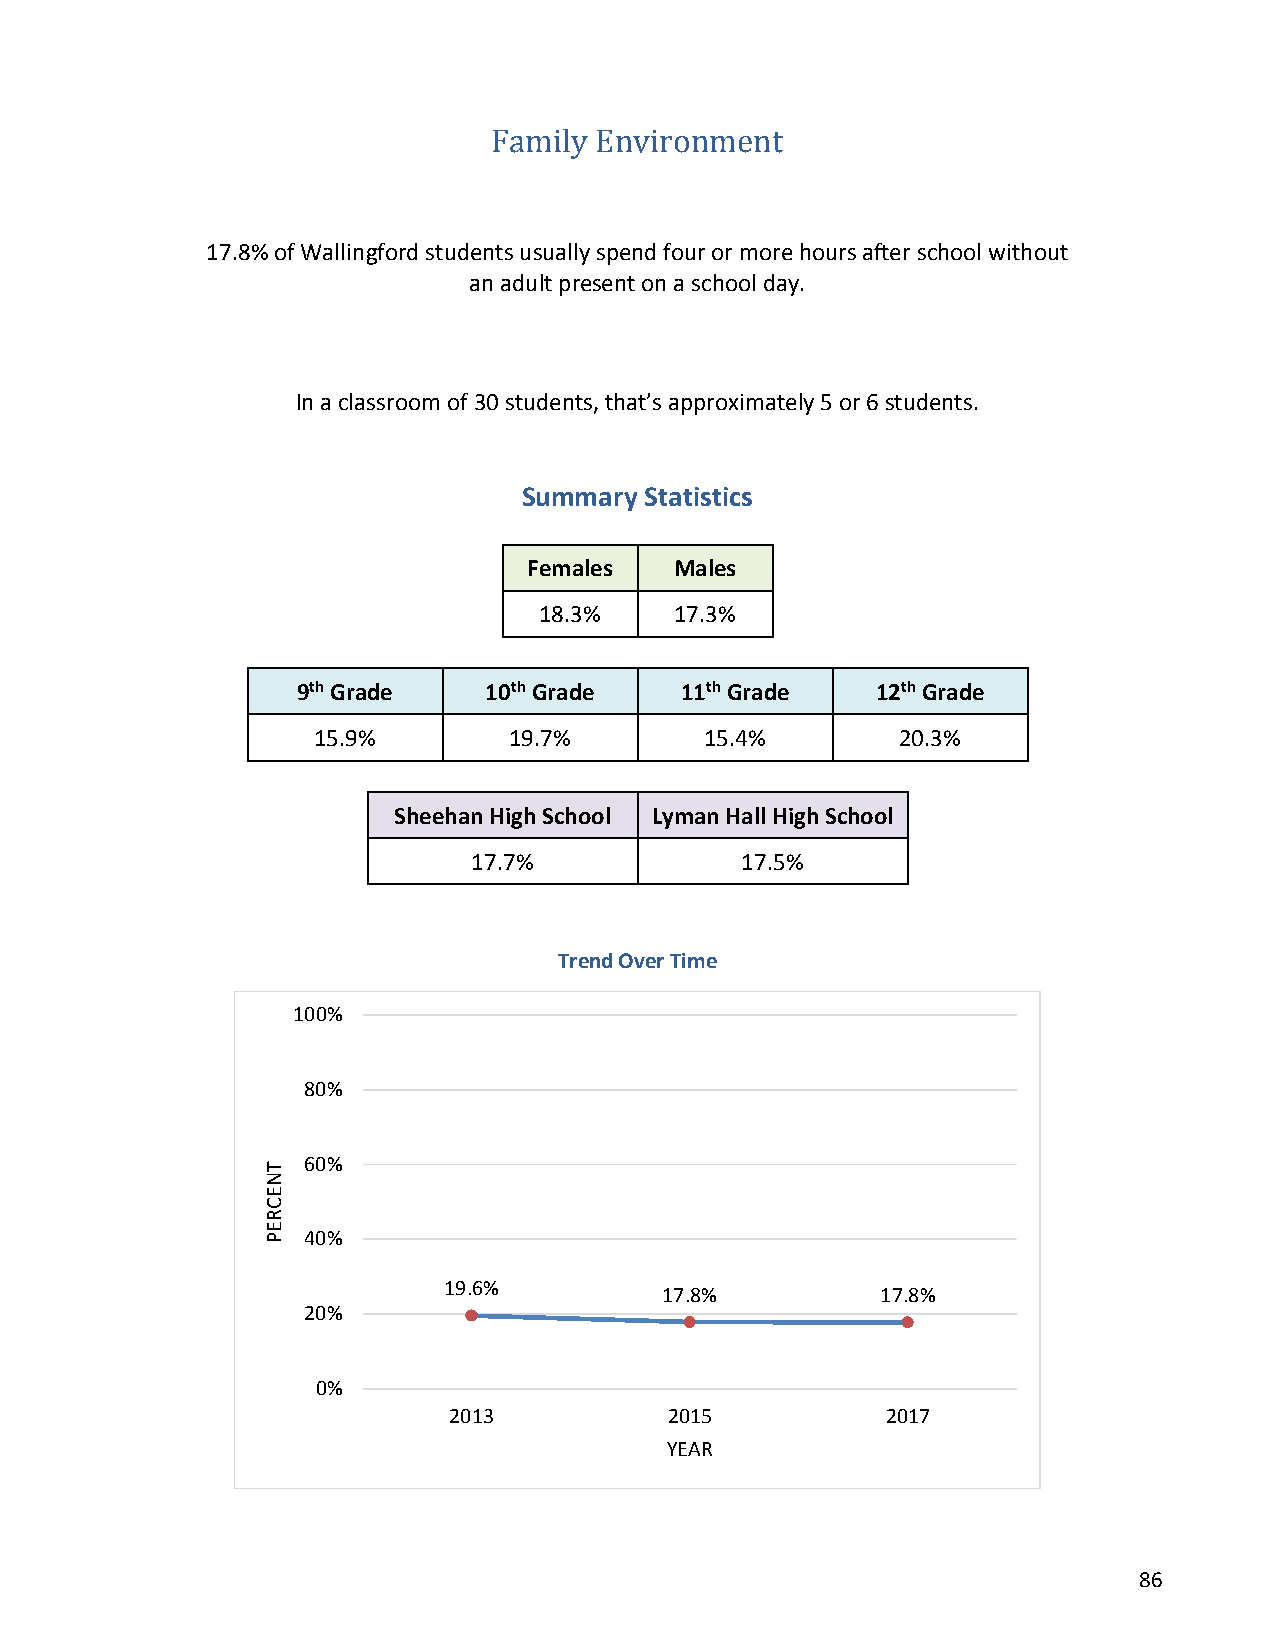
Family Environment
 17.8% of Wallingford students usually spend four or more hours after school without
 an adult present on a school day.
 In a classroom of 30 students, that’s approximately 5 or 6 students.
 Summary Statistics
 Females   Males
 18.3%    17.3%
 9th Grade   10th Grade   11th Grade   12th Grade
 15.9%        19.7%        15.4%        20.3%
 Sheehan High School Lyman Hall High School
 17.7%             17.5%
 Trend Over Time
 100%
 80%
 60%
 40%
 19.6%
 17.8%         17.8%
 20%
 0%
 2013          2015           2017
 YEAR
 86
 TNECREP